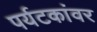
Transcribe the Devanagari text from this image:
पर्यटकांवर